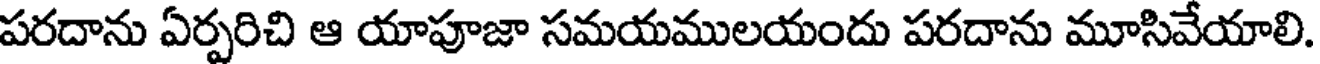
పరదాను ఏర్పరిచి ఆ యాపూజా సమయములయందు పరదాను మూసివేయాలి.